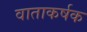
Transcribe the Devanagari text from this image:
वाताकर्षक